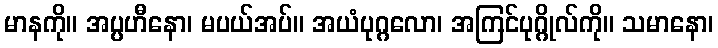
မာနကို။ အပ္ပဟီနော၊ မပယ်အပ်။ အယံပုဂ္ဂလော၊ အကြင်ပုဂ္ဂိုလ်ကို။ သမာနော၊